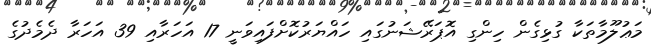
މަޢުލޫމާތަކާ ގުޅިގެން ހިންގި އޮޕަރޭޝަނުގައި ހައްޔަރުކޮށްފައިވަނީ 17 އަހަރާއި 39 އަހަރާ ދެމެދުގެ